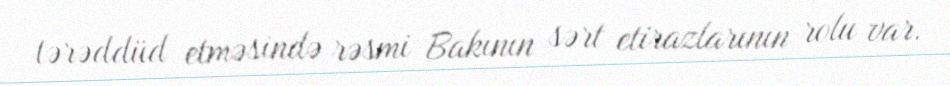
tərəddüd etməsində rəsmi Bakının sərt etirazlarının rolu var.